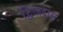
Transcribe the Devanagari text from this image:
द्विजदास